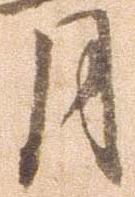
月